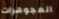
المجوهرات